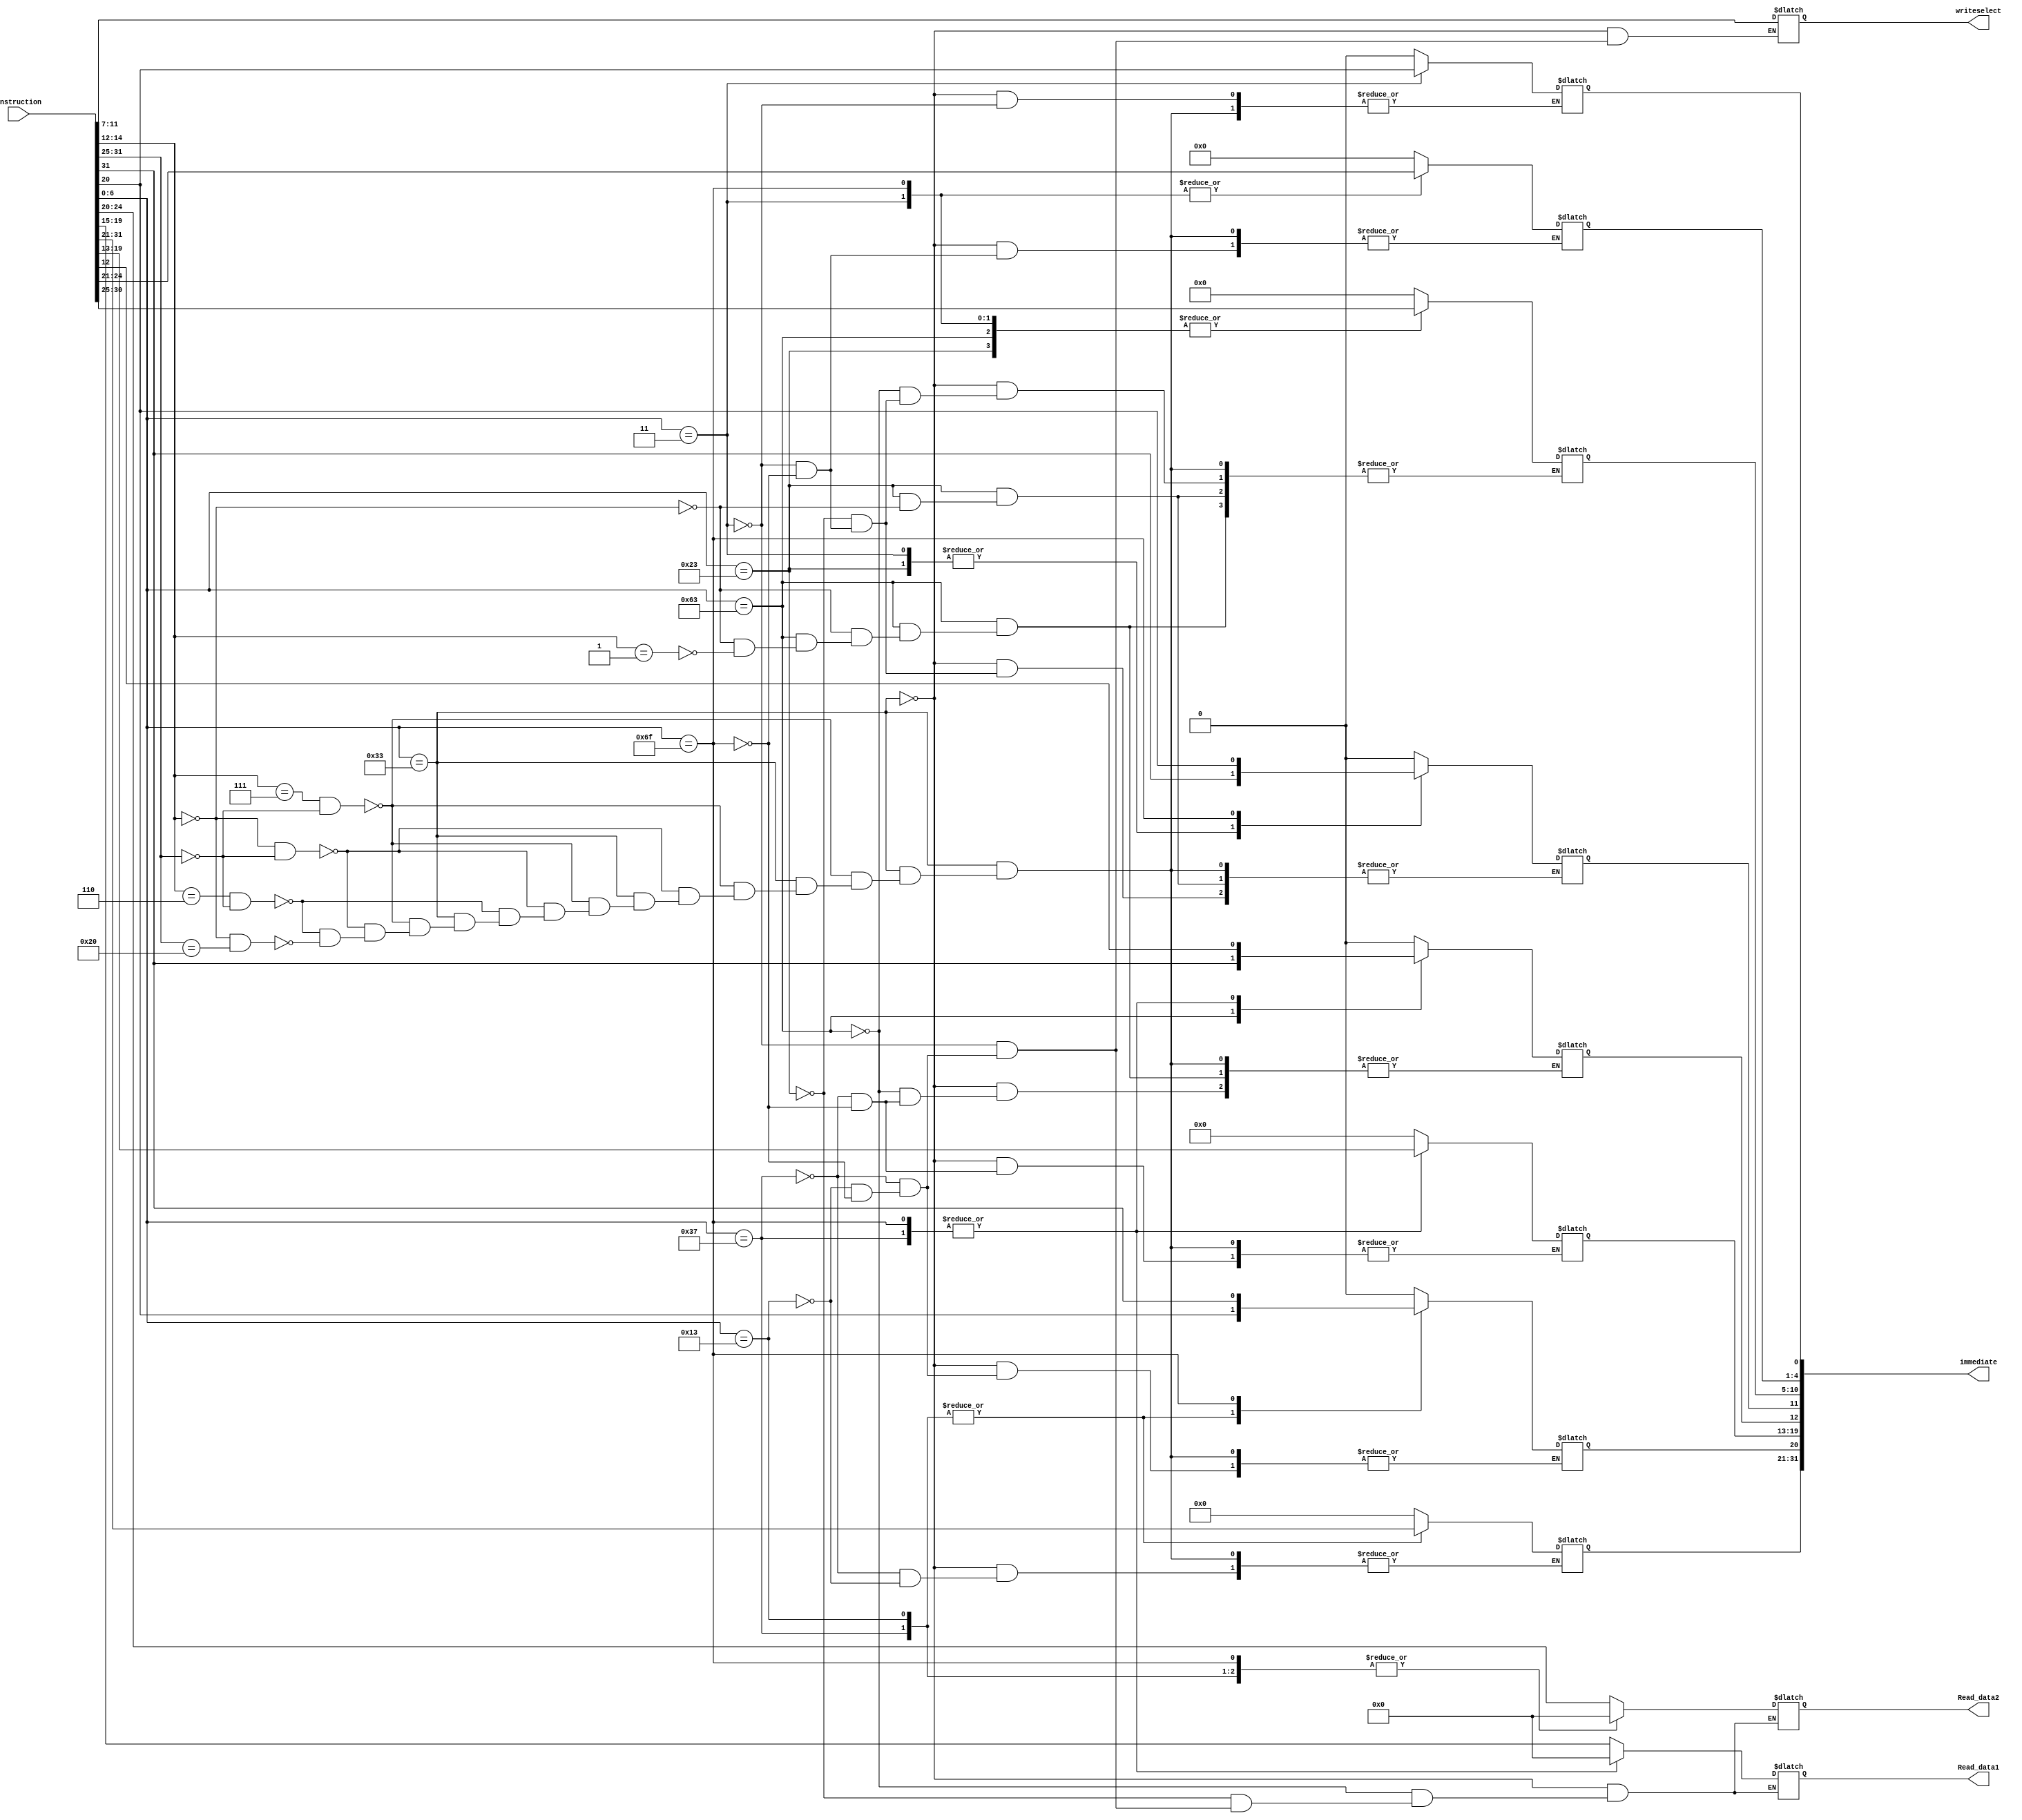
`timescale 1ns / 1ps
//////////////////////////////////////////////////////////////////////////////////
// Company: 
// Engineer: 
// 
// Design Name: 
// Module Name: instruction_delivery
// Project Name: 
// Target Devices: 
// Tool Versions: 
// Description: 
// 
// Dependencies: 
// 
// Revision:
// Revision 0.01 - File Created
// Additional Comments:
// 
//////////////////////////////////////////////////////////////////////////////////


module instruction_delivery(
    input [31:0] instruction,
    output reg [4:0] Read_data1,
    output reg [4:0] Read_data2,
    output reg [31:0]immediate,
    output reg [4:0] writeselect
    );
    
    initial begin
        immediate = 32'b0;    
    end
    
    always@(instruction)begin
        case (instruction[6:0])
            7'b0110011: begin //r format
                if (instruction[14:12] == 3'b111 & instruction[31:25] ==7'b0000000) //and
                    immediate = 32'b0;
                else if (instruction[14:12] == 3'b000 & instruction[31:25] == 7'b0000000) //add
                    immediate = 32'b0;
                else if (instruction[14:12] == 3'b110 & instruction[31:25] == 7'b0000000) //or
                    immediate = 32'b0;
                else if (instruction[14:12] == 3'b000 & instruction[31:25] == 7'b0100000) //sub
                    immediate = 32'b0;
                    
                Read_data1 = instruction[19:15];
                Read_data2 = instruction[24:20];
                writeselect = instruction[11:7];
            end
            
            7'b1100011: begin //sb format
                if (instruction[14:12] == 3'b000) begin //beq
                    immediate[12] = instruction[31];
                    immediate[10:5] = instruction[30:25];
                end
                else if (instruction[14:12] == 3'b001) begin //bne
                    immediate[12] = instruction[31];
                    immediate[10:5] = instruction[30:25];
                end
                    
                Read_data1 = instruction[19:15];
                Read_data2 = instruction[24:20];
//                writeselect = instruction[11:7];//
            end
            
            7'b0100011: begin // sw, s format
                if (instruction[14:12] == 3'b000)
                    immediate[11:5] = instruction[31:25];
                            
                Read_data1 = instruction[19:15];
                Read_data2 = instruction[24:20];
//                writeselect = instruction[11:7];//
            end
            
           7'b0000011: begin //lw, I format
                Read_data1 = instruction[19:15];
                Read_data2 = 5'b0;
                immediate[11:0] = instruction[31:20];
                writeselect = instruction[11:7];
            end
            
            
           7'b0110111: begin //lui, u format
                Read_data1 = 5'b0;
                Read_data2 = 5'b0;
                immediate[31:12] = instruction[31:12];
                writeselect = instruction[11:7];
            end
            
          7'b0010011: begin //addi, i format
                Read_data1 = instruction[19:15];
                Read_data2 = 5'b0;
                immediate[31:20] = instruction[31:20];
                writeselect = instruction[11:7];
            end
            
          7'b1101111: begin //jal, uj format
                Read_data1 = 5'b0;
                Read_data2 = 5'b0;
                immediate[20] = instruction[31];
                immediate[10:1] = instruction[30:21];
                immediate[11] = instruction[20];
                immediate[19:12] = instruction[19:12];
                writeselect = instruction[11:7];
            end        
            

        endcase
    end
endmodule